Annual report on the mental hospital in the Central Provinces and Berar (Nagpur) - 1927-1951
Year: 1927
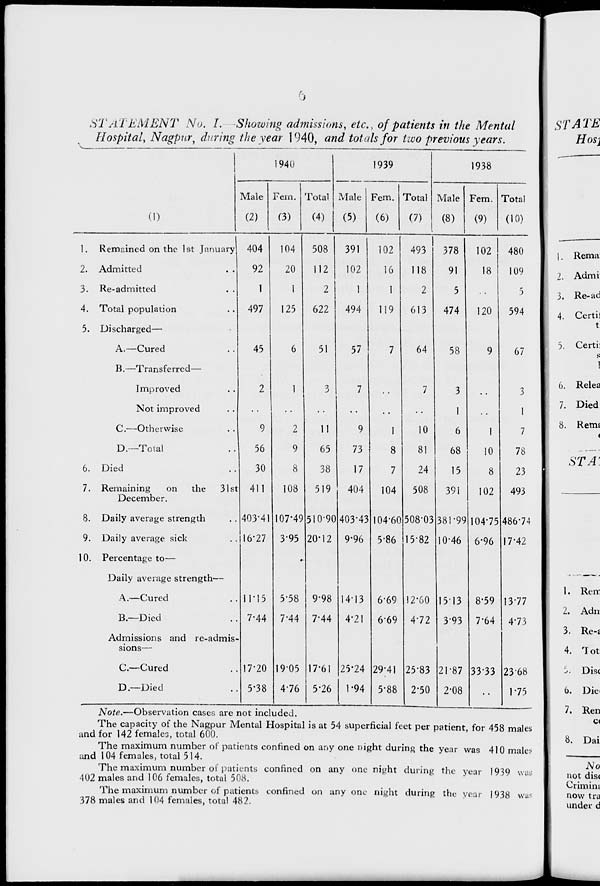
b
STATEMENT No. L Showing admissions, etc. , of patients in the Mental
STATE
Hospital, Nagpur; during the year 1940, and totals for two previous years.
Hosi
1940
1939
1938
Male Fern. Total Male Fem. Total Male Fem. Total
(o
(2)
(3)
(4)
(5)
(6)
(7)
(8)
(9)
(10)
1. Remained on the 1st January 404
104
508
391
102
493
378
102
480
1. Rema
2. Admitted
92
20
112
102
16
118
91
18
109
2. Admi
3. Re-admitted
. .
1
1
2
1
1
2
5
5
3. Re-ad
4. Total population
497
125
622
494
119
613
474
120
594
4. Certii
5. Discharged—
t
A.—Cured
45
6
51
57
7
64
58
9
67
5. Certi:
s
B.—Transferred—
1
Improved
2
1
3
7
7
3
3
6. Relea
Not improved
,.
1
1
7. Died
C.—Otherwise
9
2
11
9
1
10
6
1
7
8. Remt
<
D.—Total
6. Died
56
30
9
8
65
38
73
17
8
7
81
24
68
15
10
8
78
23
STA-
7. Remaining
on the
31st 411
108
519
404
104
508
391
102
493
December.
8. Daily average strength
403-41 107*49 510-90 403*43 104-60 508-03 381-99 104-75 486-74
9. Daily average sick
16-27 3-95 20-12 9-96 5-86 15-82 10-46 6-96 17-42
10. Percentage to—
*
Daily average strength—
A.—Cured
B.—Died
Admissions and re-admis-
11-15
7-44
5-58
7-44
9-98
7-44
14-13
4*21
669
669
12-60
4-72
15-13
3-93
8-59
7-64
13-77
4-73
1. Ren-
2. Adn
3. Re-s
sions—
4. Tot
C.—Cured
17-20 1905 17-61 25-24 29-41 25-83 21-87 3333 23-68
5. Dis(
D—Died
5*38 4-76 5-26
1-94 5-88 2-50 2-08
1-75
6. Die<
Note.—Observation cases are not included.
7. Ren
The capacity of the Nagpur Mental Hospita
and for 142 females, total 600.
The maximum number of patients confined
and 104 females, total 514.
[ is at 54 superficial feet per patient
on any one night during the year \
, for 458 males
vas 410 males
c<
8. Dai
The maximum number of pat
402 males and 106 females, total 5
The maximum number of pat
378 males and 104 females, total A
icnts c
08.
ients c
8?.
onfined
onfinec
on ai
1 on a
ly one
ny one
night
night
during
during
the j
| the \
'ear 19
'ear |*J
39 was
38 was
No
not dis<
Crimini
now tra
under d